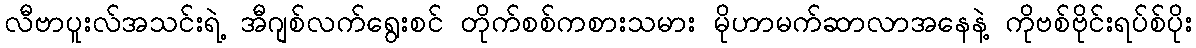
လီဗာပူးလ်အသင်းရဲ့ အီဂျစ်လက်ရွေးစင် တိုက်စစ်ကစားသမား မိုဟာမက်ဆာလာအနေနဲ့ ကိုဗစ်ဗိုင်းရပ်စ်ပိုး